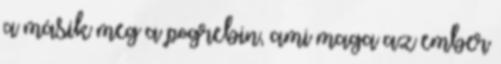
a másik meg a pogrebin, ami maga az ember